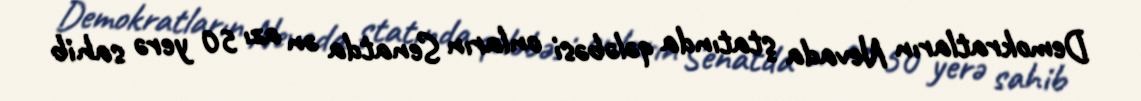
Demokratların Nevada ştatında qələbəsi onların Senatda ən azı 50 yerə sahib